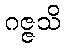
ဂဇ္ဇသိ